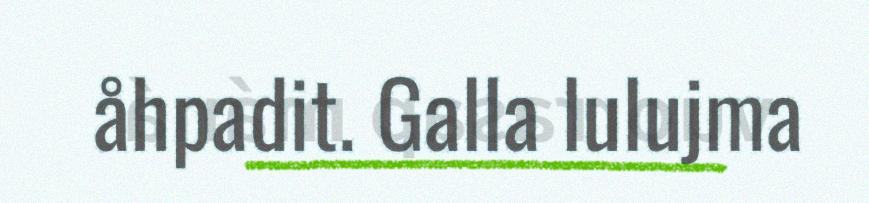
åhpadit. Galla lulujma